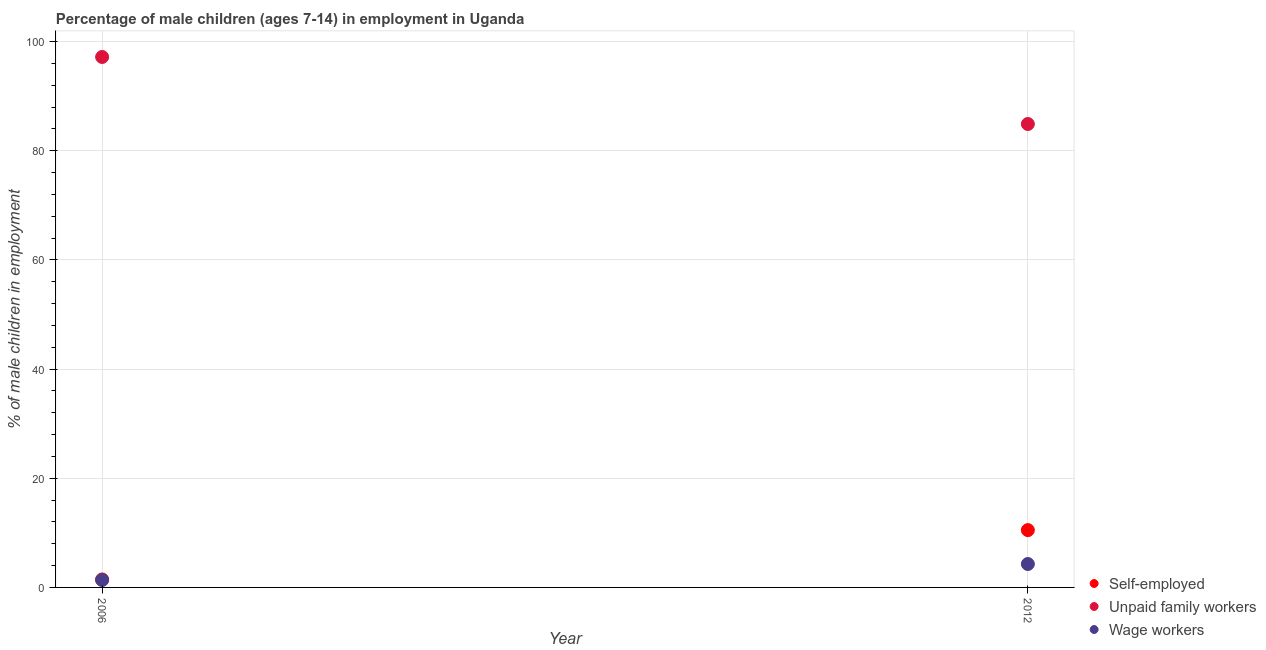
| Year | Self-employed | Unpaid family workers | Wage workers |
 | --- | --- | --- | --- |
 | 2006 | 1.46 | 97.2 | 1.36 |
 | 2012 | 10.5 | 84.9 | 4.29 |